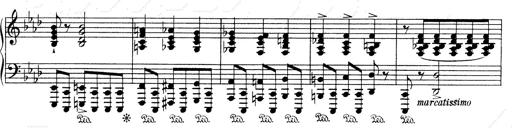
Title: Weinen, Klagen, Sorgen, Zagen
Composer: Franz Liszt